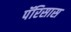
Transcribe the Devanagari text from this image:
पॅरिसास